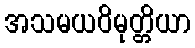
အသမယဝိမုတ္တိယာ